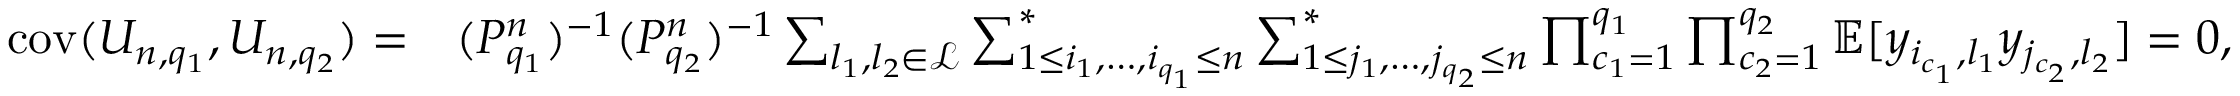
\begin{array} { r l } { { \mathrm { c o v } } ( U _ { n , q _ { 1 } } , U _ { n , q _ { 2 } } ) = } & { ( P _ { q _ { 1 } } ^ { n } ) ^ { - 1 } ( P _ { q _ { 2 } } ^ { n } ) ^ { - 1 } \sum _ { l _ { 1 } , l _ { 2 } \in \mathcal { L } } \sum _ { 1 \le i _ { 1 } , \ldots , i _ { q _ { 1 } } \le n } ^ { * } \sum _ { 1 \le j _ { 1 } , \ldots , j _ { q _ { 2 } } \le n } ^ { * } \prod _ { c _ { 1 } = 1 } ^ { q _ { 1 } } \prod _ { c _ { 2 } = 1 } ^ { q _ { 2 } } \mathbb { E } [ y _ { i _ { c _ { 1 } } , l _ { 1 } } y _ { j _ { c _ { 2 } } , l _ { 2 } } ] = 0 , } \end{array}